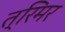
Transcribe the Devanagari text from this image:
त्रिमर